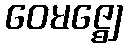
ဝေမဇ္ဈေ